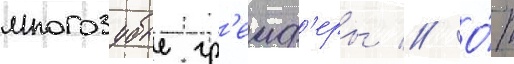
многозубые гр'еиф'еры // О́т